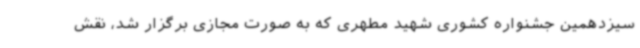
سیزدهمین جشنواره کشوری شهید مطهری که به صورت مجازی برگزار شد، نقش